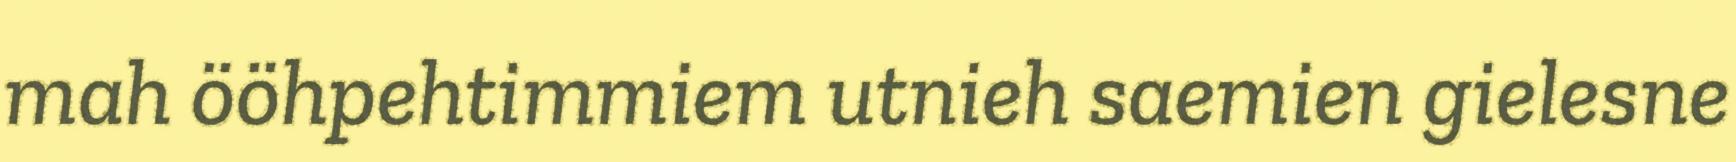
mah ööhpehtimmiem utnieh saemien gielesne